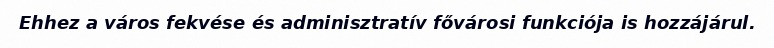
Ehhez a város fekvése és adminisztratív fővárosi funkciója is hozzájárul.